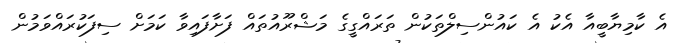
އެ ކާމިޔާބީއާ އެކު އެ ކައުންސިލްތަކުން ތަރައްގީގެ މަޝްރޫއުތައް ފަށާފައިވާ ކަމަށް ސިފަކުރައްވަމުން